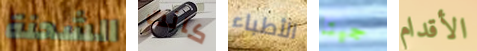
الشحنة كانت الأطباء جيتا الأقدام